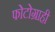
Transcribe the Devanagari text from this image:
फोटोग्राही